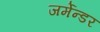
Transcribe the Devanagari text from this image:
जर्मेन्डर